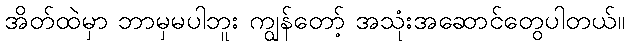
အိတ်ထဲမှာ ဘာမှမပါဘူး ကျွန်တော့် အသုံးအဆောင်တွေပါတယ်။